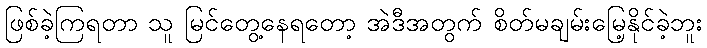
ဖြစ်ခဲ့ကြရတာ သူ မြင်တွေ့နေရတော့ အဲဒီအတွက် စိတ်မချမ်းမြေ့နိုင်ခဲ့ဘူး